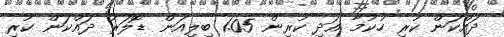
ދައްކަން ކުރި ހުކުމާ އަދި ކުރިން 1.05 ބިލިއަން ޑޮލަރު ދައްކަން ކުރި